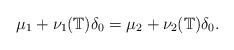
LaTeX: \begin{align*}\mu_1 + \nu_1(\mathbb T)\delta_0 = \mu_2 + \nu_2(\mathbb T)\delta_0. \end{align*}